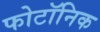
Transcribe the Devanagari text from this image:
फोटॉनिक